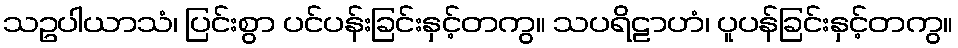
သဥပါယာသံ၊ ပြင်းစွာ ပင်ပန်းခြင်းနှင့်တကွ။ သပရိဠာဟံ၊ ပူပန်ခြင်းနှင့်တကွ။